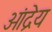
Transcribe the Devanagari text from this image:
ओंद्रेय